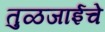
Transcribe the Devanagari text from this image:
तुळजाईचे